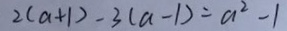
2 ( a + 1 ) - 3 ( a - 1 ) = a ^ { 2 } - 1